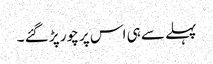
پہلے سے ہی اس پر چور پڑ گئے ۔